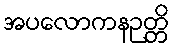
အပလောကနဉတ္တိ